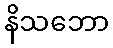
နိသဘော